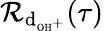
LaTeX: \mathcal{R}_{\textrm{d}_{\textrm{\scriptsize OH}^{+}}}(\tau)